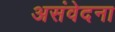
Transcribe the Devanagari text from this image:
असंवेदना